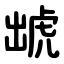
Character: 䖓